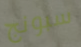
سبونج